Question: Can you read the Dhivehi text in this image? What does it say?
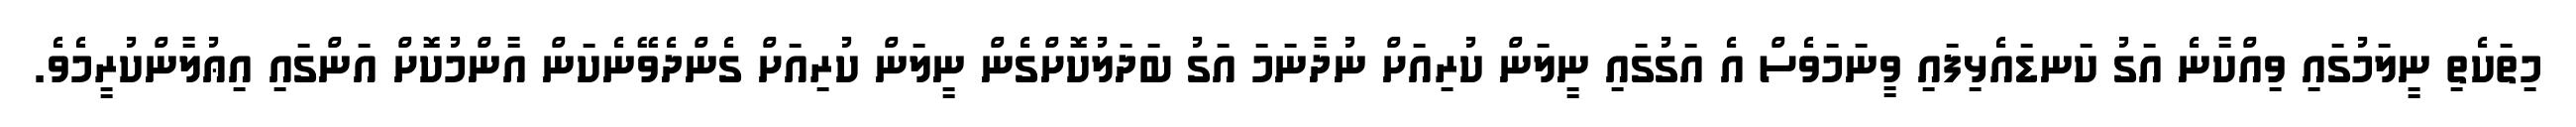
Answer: މިތަކެތި ނީލަމުގައި ވިއްކާނެ އަގު ކަނޑައެޅިފައި ވީނަމަވެސް އެ އަގުގައި ނީލަން ކުރިއަށް ނުދާނަމަ އަގު ބަދަލުކޮށްގެން ނީލަން ކުރިއަށް ގެންދެވޭނެކަން އާންމުކޮށް އަންގައި އިޢުލާންކުރީމެވެ.